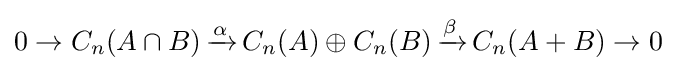
0\to C_{n}(A\cap B)\,{\xrightarrow {\alpha }}\,C_{n}(A)\oplus C_{n}(B)\,{\xrightarrow {\beta }}\,C_{n}(A+B)\to 0